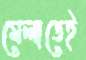
মেলাতেই